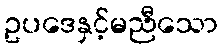
ဥပဒေနှင့်မညီသော